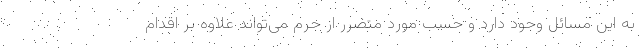
به این مسائل وجود دارد و حسب مورد متضرر از جرم می‌تواند علاوه بر اقدام